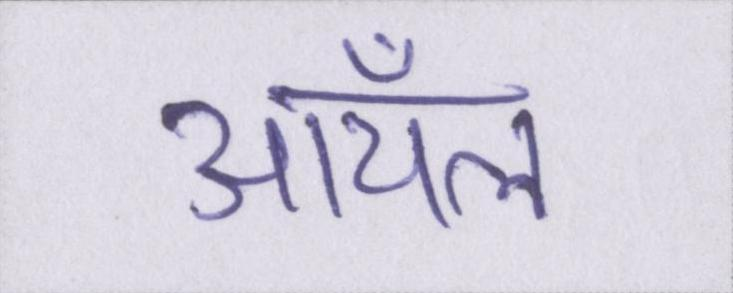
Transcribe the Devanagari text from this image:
ऑयल